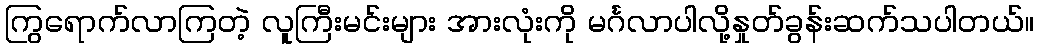
ကြွရောက်လာကြတဲ့ လူကြီးမင်းများ အားလုံးကို မင်္ဂလာပါလို့နှုတ်ခွန်းဆက်သပါတယ်။